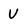
Character: V